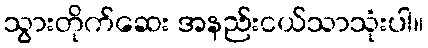
သွားတိုက်ဆေး အနည်းငယ်သာသုံးပါ။